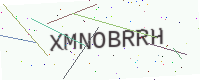
Text: XMNOBRRH